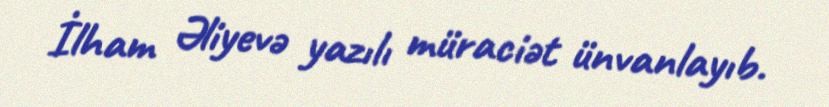
İlham Əliyevə yazılı müraciət ünvanlayıb.